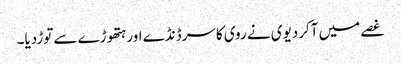
غصے میں آکردیوی نے روی کاسرڈنڈے اورہتھوڑے سےتوڑدیا۔